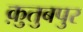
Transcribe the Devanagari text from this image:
क़ुतुबपुर